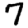
Digit: 7